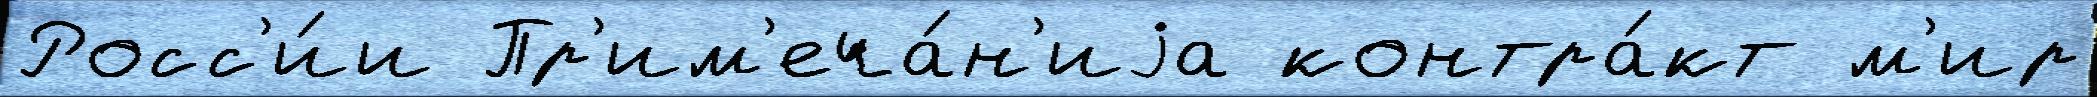
Росс'и́и Пр'им'еча́н'иjа контра́кт м'ир